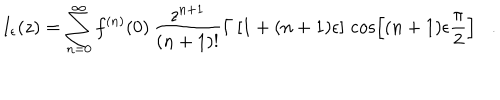
I _ { \epsilon } ( z ) = \sum _ { n = 0 } ^ { \infty } f ^ { ( n ) } ( 0 ) \, \frac { z ^ { n + 1 } } { ( n + 1 ) ! } \Gamma \left[ 1 + ( n + 1 ) \epsilon \right] \, \cos \left[ ( n + 1 ) \epsilon \frac { \pi } { 2 } \right] .